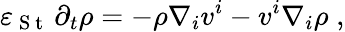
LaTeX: {\varepsilon}_{\mathrm{~S~t~}}\, \partial_{t}{\rho}=-\rho\nabla_{i}v^{i}-v^{i}\nabla_{i}\rho\; ,